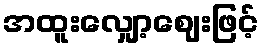
အထူးလျှော့ဈေးဖြင့်